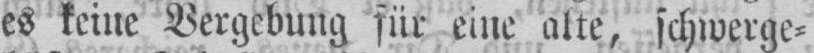
es keine Vergebung für eine alte, schwerge⸗